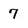
Character: 7